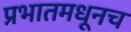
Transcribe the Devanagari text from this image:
प्रभातमधूनच